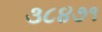
૩૮૪૭૧